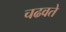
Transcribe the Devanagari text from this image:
चढवते